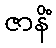
ဇာနိံ